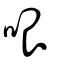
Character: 哏